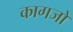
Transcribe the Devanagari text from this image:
कागजो